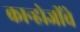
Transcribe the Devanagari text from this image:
कान्होजींचे